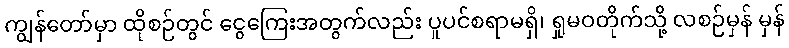
ကျွန်တော်မှာ ထိုစဉ်တွင် ငွေကြေးအတွက်လည်း ပူပင်စရာမရှိ၊ ရှုမဝတိုက်သို့ လစဉ်မှန် မှန်